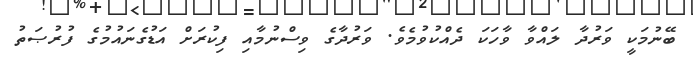
ބޭނުމަކީ ވަރުދާ ލައްވާ ވާހަކަ ދެއްކުވުމެވެ. ވަރުދާގެ ވިސްނުމާއި ފިކުރަށް އަޑުގެނައުމުގެ ފުރުޞަތު